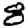
Digit: 8